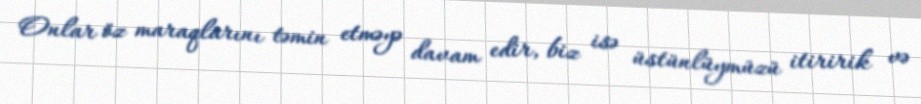
Onlar öz maraqlarını təmin etməyə davam edir, biz isə üstünlüymüzü itiririk və